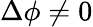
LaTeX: \Delta\phi\neq 0